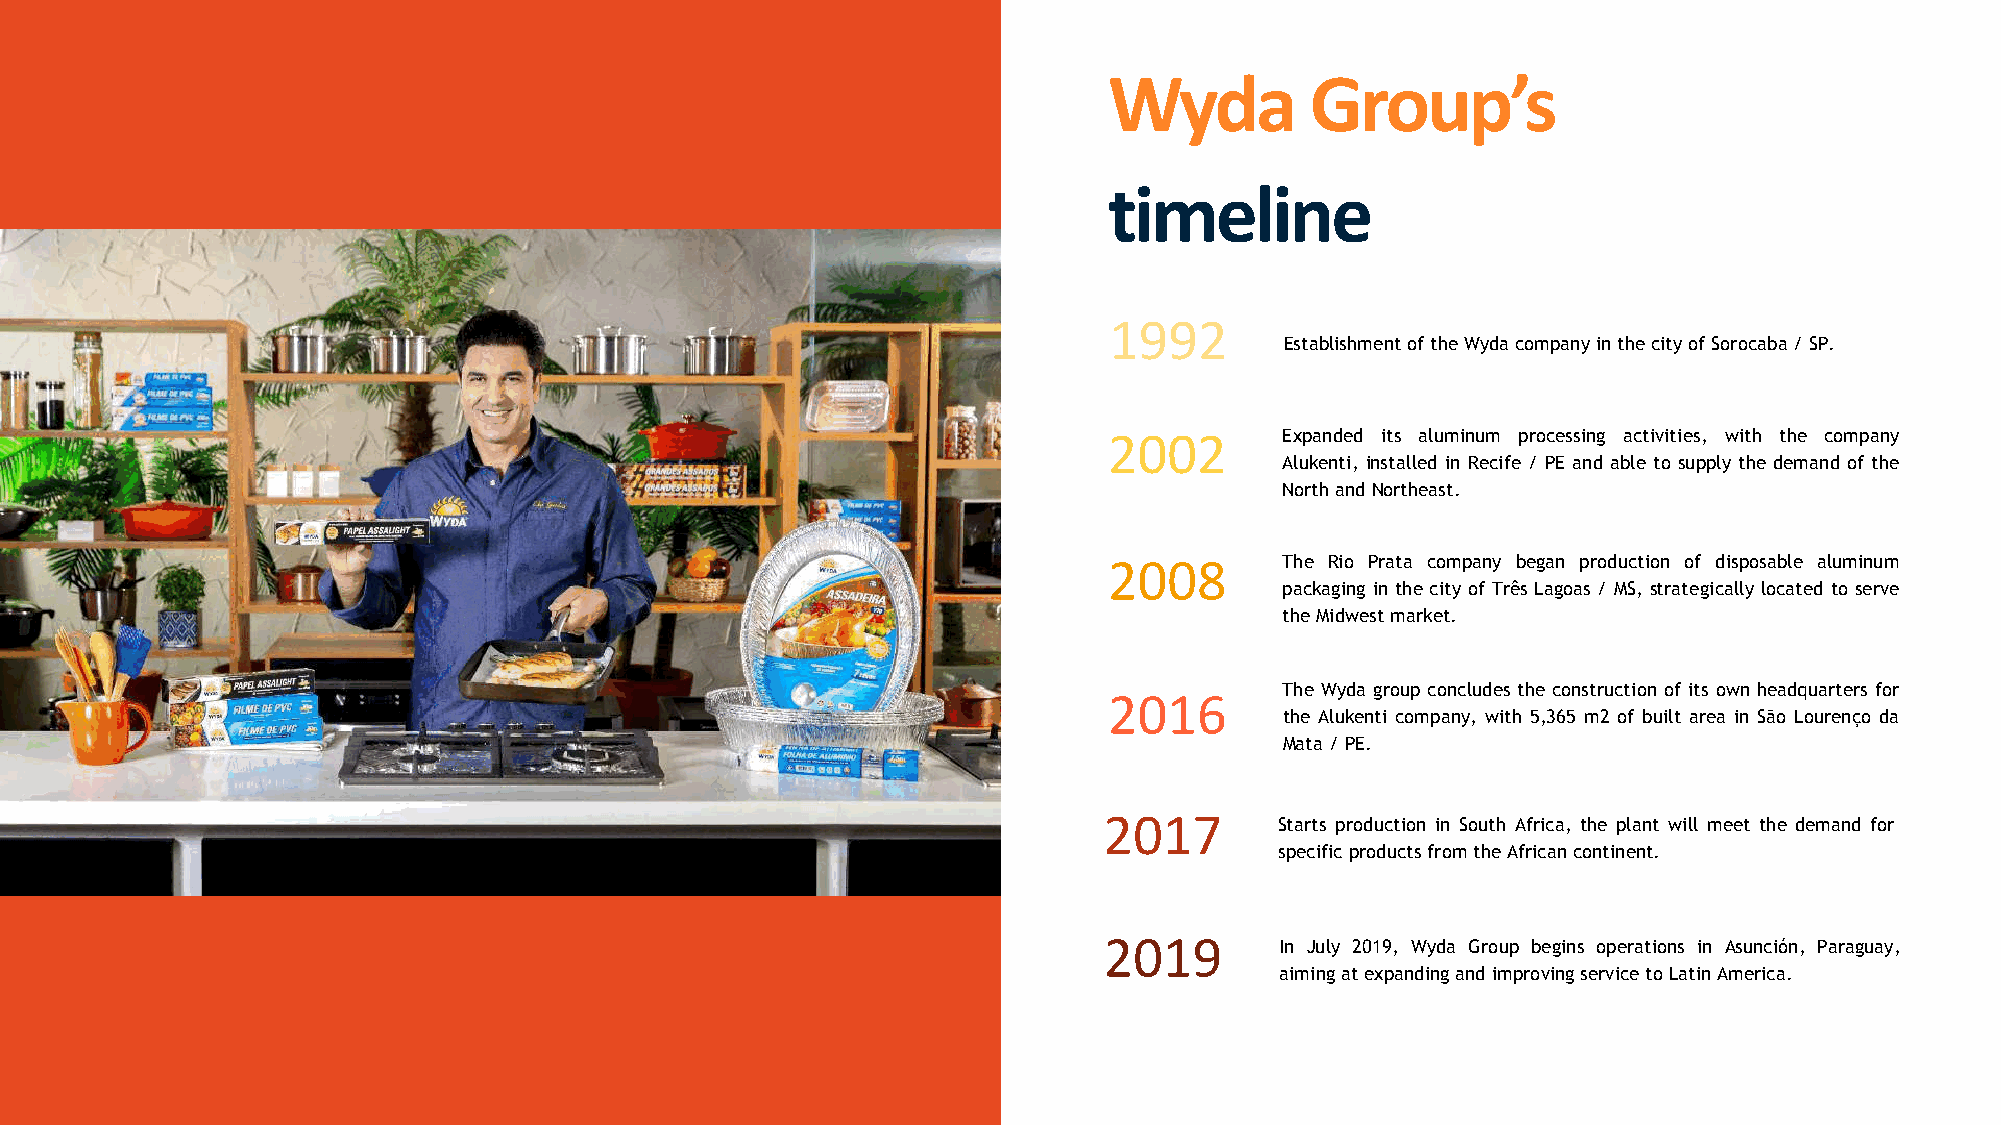
Wyda          Group’s
 timeline
 1992
 EstablishmentoftheWydacompanyinthecityofSorocaba/SP.
 2002        Expanded its aluminum processing activities, with the company
 Alukenti, installed in Recife / PE and able to supply the demand of the
 NorthandNortheast.
 2008        The Rio Prata company began production of disposable aluminum
 packaging in the city of Três Lagoas / MS, strategically located to serve
 theMidwestmarket.
 The Wyda group concludes the construction of its own headquarters for
 2016
 the Alukenti company, with 5,365 m2 of built area in São Lourenço da
 Mata/PE.
 2017        Starts production in South Africa, the plant will meet the demand for
 specificproductsfromtheAfricancontinent.
 2019        In July 2019, Wyda Group begins operations in Asunción, Paraguay,
 aimingatexpandingandimprovingservicetoLatinAmerica.